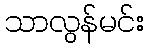
သာလွန်မင်း